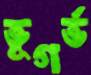
ভূগর্ভ